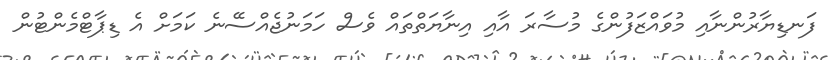
ފަނޑިޔާރުންނާއި މުވައްޒަފުންގެ މުސާރަ އާއި އިނާޔަތްތައް ވެސް ހަމަނުޖެއްސޭނެ ކަމަށް އެ ޑިޕާޓްމެންޓުން